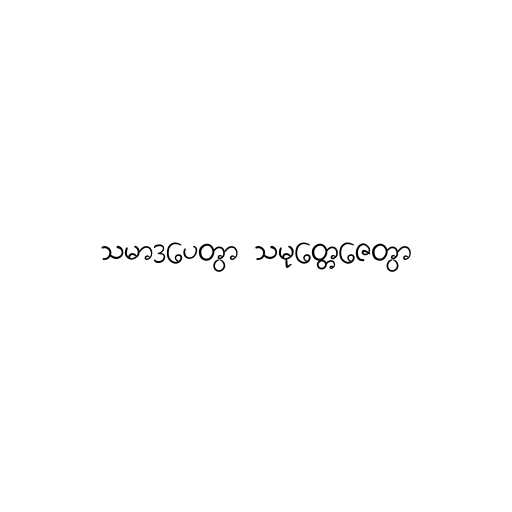
သမာဒပေတွာ သမုတ္တေဇေတွာ